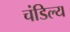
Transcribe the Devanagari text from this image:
चंडिल्य